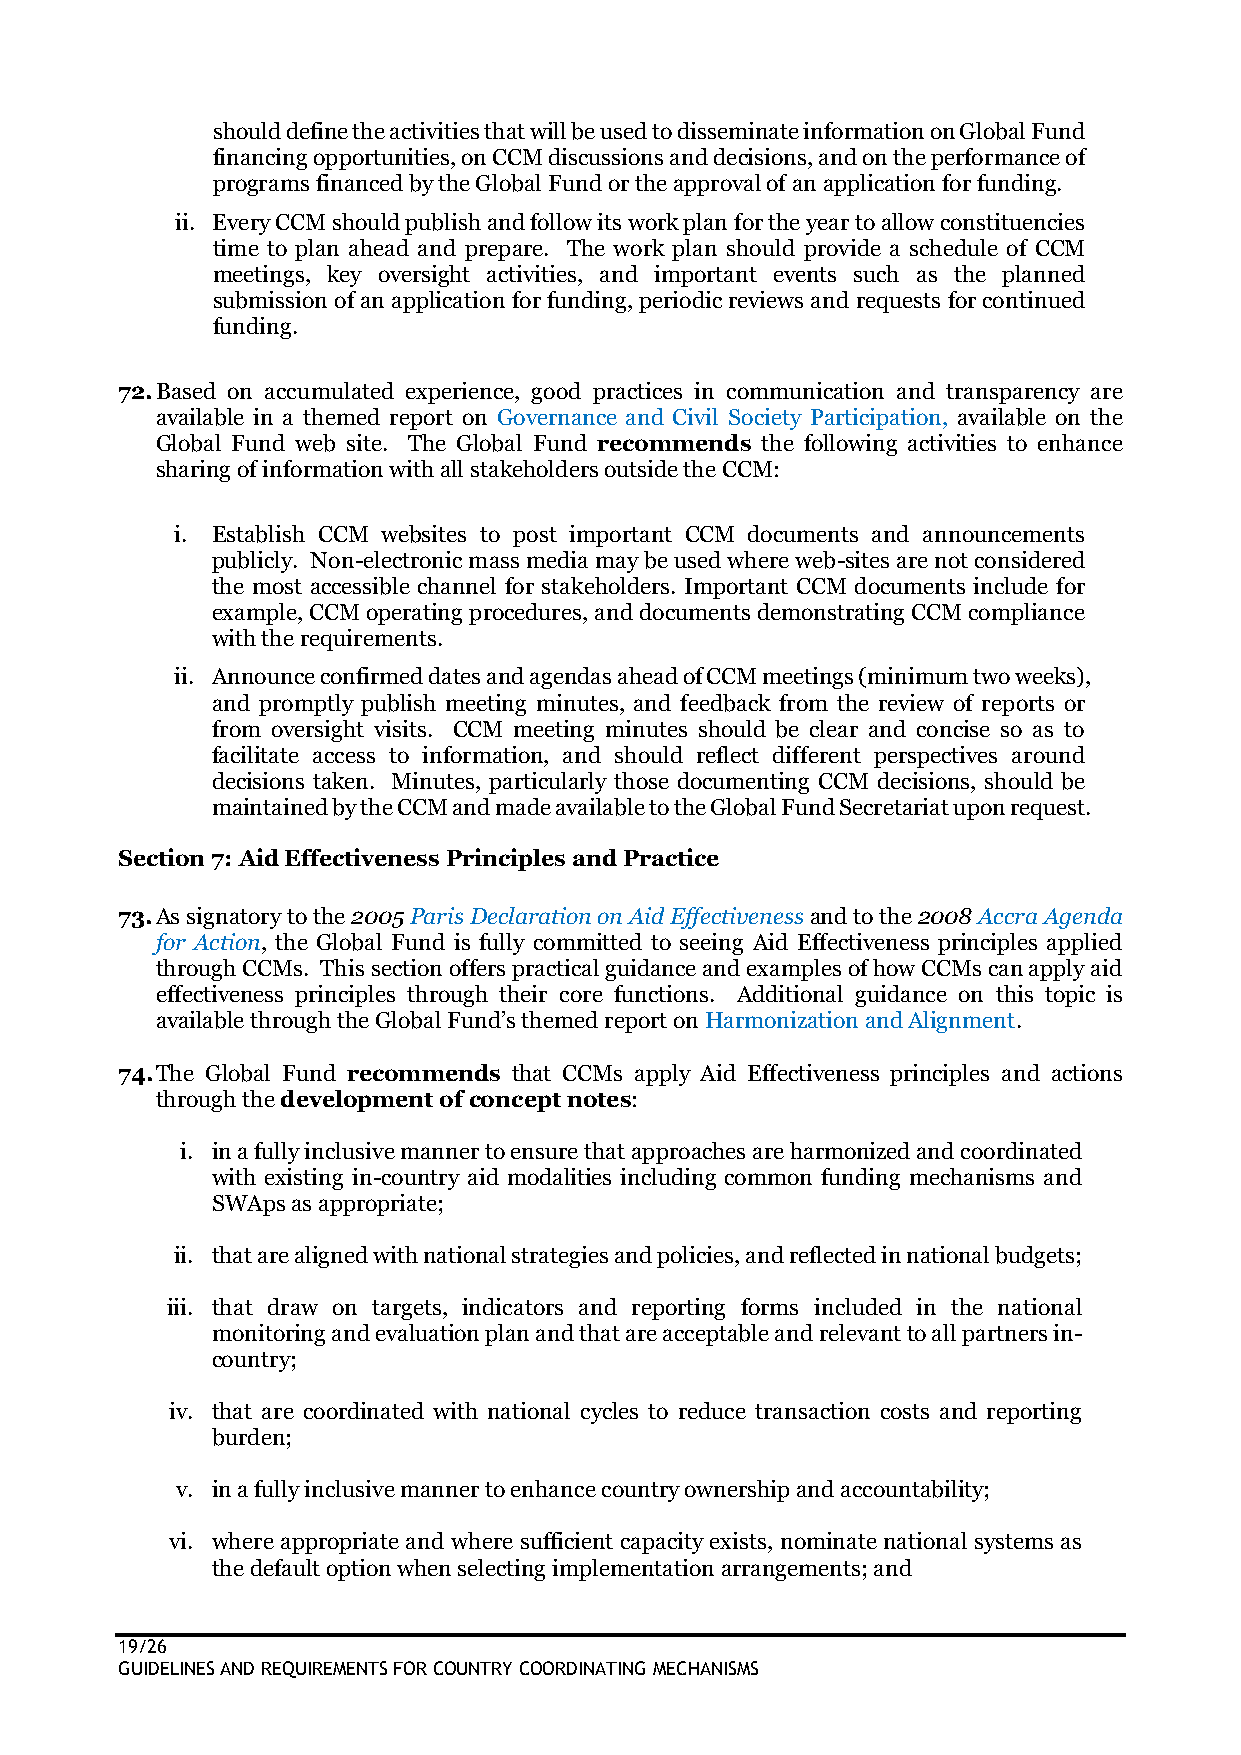
should define the activities that will be used to disseminate information on Global Fund
 financing opportunities, on CCM discussions and decisions, and on the performance of
 programs financed by the Global Fund or the approval of an application for funding.
 ii. Every CCM should publish and follow its work plan for the year to allow constituencies
 time to plan ahead and prepare. The work plan should provide a schedule of CCM
 meetings, key oversight activities, and important events such as the planned
 submission of an application for funding, periodic reviews and requests for continued
 funding.
 72. Based on accumulated experience, good practices in communication and transparency are
 available in a themed report on Governance and Civil Society Participation, available on the
 Global Fund web site. The Global Fund recommends the following activities to enhance
 sharing of information with all stakeholders outside the CCM:
 i. Establish CCM websites to post important CCM documents and announcements
 publicly. Non-electronic mass media may be used where web-sites are not considered
 the most accessible channel for stakeholders. Important CCM documents include for
 example, CCM operating procedures, and documents demonstrating CCM compliance
 with the requirements.
 ii. Announce confirmed dates and agendas ahead of CCM meetings (minimum two weeks),
 and promptly publish meeting minutes, and feedback from the review of reports or
 from oversight visits. CCM meeting minutes should be clear and concise so as to
 facilitate access to information, and should reflect different perspectives around
 decisions taken. Minutes, particularly those documenting CCM decisions, should be
 maintained by the CCM and made available to the Global Fund Secretariat upon request.
 Section 7: Aid Effectiveness Principles and Practice
 73. As signatory to the 2005 Paris Declaration on Aid Effectiveness and to the 2008 Accra Agenda
 for Action, the Global Fund is fully committed to seeing Aid Effectiveness principles applied
 through CCMs. This section offers practical guidance and examples of how CCMs can apply aid
 effectiveness principles through their core functions. Additional guidance on this topic is
 available through the Global Fund’s themed report on Harmonization and Alignment.
 74. The Global Fund recommends that CCMs apply Aid Effectiveness principles and actions
 through the development of concept notes:
 i. in a fully inclusive manner to ensure that approaches are harmonized and coordinated
 with existing in-country aid modalities including common funding mechanisms and
 SWAps as appropriate;
 ii. that are aligned with national strategies and policies, and reflected in national budgets;
 iii. that draw on targets, indicators and reporting forms included in the national
 monitoring and evaluation plan and that are acceptable and relevant to all partners in-
 country;
 iv. that are coordinated with national cycles to reduce transaction costs and reporting
 burden;
 v. in a fully inclusive manner to enhance country ownership and accountability;
 vi. where appropriate and where sufficient capacity exists, nominate national systems as
 the default option when selecting implementation arrangements; and
 19/26
 GUIDELINES AND REQUIREMENTS FOR COUNTRY COORDINATING MECHANISMS